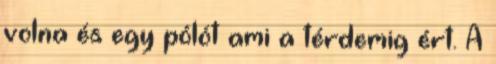
volna és egy pólót ami a térdemig ért. A